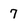
Character: 7